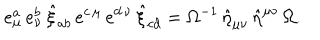
e _ { \mu } ^ { a } \, e _ { \nu } ^ { b } \, \hat { \xi } _ { a b } \, e ^ { c \, \mu } \, e ^ { d \, \nu } \, \hat { \xi } _ { c d } = \Omega ^ { - 1 } \, \hat { \eta } _ { \mu \nu } \, \hat { \eta } ^ { \mu \nu } \, \Omega .